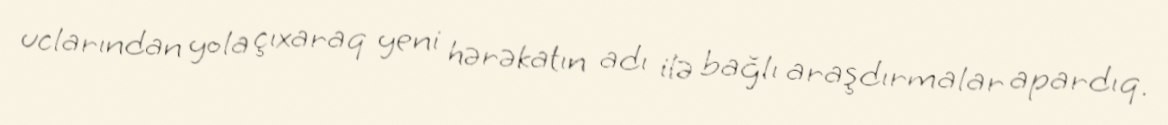
uclarından yola çıxaraq yeni hərəkatın adı ilə bağlı araşdırmalar apardıq.